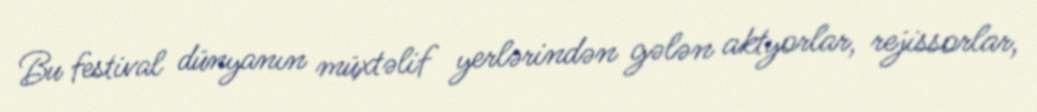
Bu festival dünyanın müxtəlif yerlərindən gələn aktyorlar, rejissorlar,